Vaccination in Bombay 1902-1912 - 1902-1912
Year: 1902
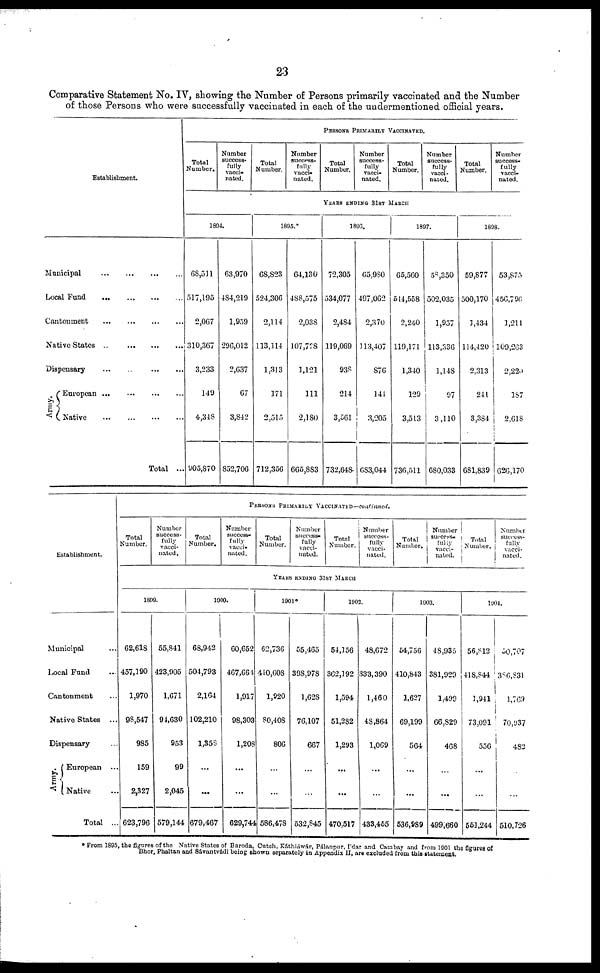
23
Comparative Statement No. IV, showing the Number of Persons primarily vaccinated and the Number
of those Persons who were successfully vaccinated in each of the undermentioned official years.
Establishment.
Municipal
...
...
...
...
Local Fund
...
...
...
...
Cantonment
...
...
...
...
Native States
...
...
...
...
Dispensary
...
...
...
...
...
Army.
European
...
...
...
...
Native
...
...
...
...
Total ...
PERSONS PRIMARILY VACCINATED.
Total
Number.
Number
success-
fully
vacci-
nated.
Total
Number.
Number
success-
fully
vacci-
nated.
Total
Number.
Number
success-
fully
vacci-
nated.
Total
Number.
Number
success-
fully
vacci-
nated.
Total
Number.
Number
success-
fully
vacci-
nated.
YEARS ENDING 31ST MARCH
1894.
68,511
517,195
2,067
310,367
3,233
149
4,318
905,870
63,970
484,219
1,959
296,012
2,637
67
3,842
852,706
1895.*
68,823
524,306
2,114
113,114
1,313
171
2,515
712,356
64,130
488,575
2,038
107,728
1,121
111
2,180
665,883
1896.
72,305
534,077
2,484
119,069
938
214
3,561
732,648
65,980
497,062
2,370
113,407
876
144
3,205
683,044
1897.
65,560
514,558
2,240
119,171
1,340
129
3,513
736,511
58,350
502,035
1,957
113,336
1,148
97
3,110
680,033
1898.
59,877
500,170
1,434
114,420
2,313
241
3,384
681,839
53,875
456,796
1,211
109,263
2,220
187
2,618
626,170
Establishment.
Municipal ...
Local Fund ...
Cantonment ...
Native States ...
Dispensary ...
Army.
European ...
Native ...
Total ...
PERSONS PRIMARILY VACCINATED—continued.
Total
Number.
Number
success-
fully
vacci-
nated.
Total
Number.
Number
success-
fully
vacci-
nated.
Total
Number.
Number
success-
fully
vacci-
nated.
Total
Number.
Number
success-
fully
vacci-
nated.
Total
Number.
Number
success-
fully
vacci-
nated.
Total
Number.
Number
sucess-
fully
vacci-
nated .
YEARS ENDING 31ST MARCH
1899.
62,618
457,190
1,970
98,547
985
159
2,327
623,796
55,841
423,905
1,671
94,630
953
99
2,045
579,144
1900.
68,942
504,793
2,164
102,210
1,358
...
...
679,467
60,652
467,664
1,917
98,303
1,208
...
...
629,744
1901*
62,736
440,608
1,920
80,408
806
...
...
586,478
55,465
398,978
1,628
76,107
667
...
...
532,845
1902.
54,156
362,192
1,594
51,282
1,293
...
...
470,517
48,672
333,390
1,460
48,864
1,069
...
...
433,455
1903.
54,756
410,843
1,627
69,199
564
...
...
536,989
48,935
381,929
1,499
66,829
468
...
...
499,660
1904.
56,812
418,844
1,941
73,091
556
...
...
551,244
50,707
380,831
1,769
70,937
482
...
...
510,726
* From 1895, the figures of the Native States of Baroda, Cutch, Kátháwár, Pálanpur, Ídar and Cambay and from 1901 the figures of
Bhor, Phaltan and Sávantvádi being shown separately in Appendix II, are excluded from this statement.